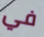
في